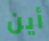
أين